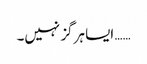
…… ایسا ہرگز نہیں۔